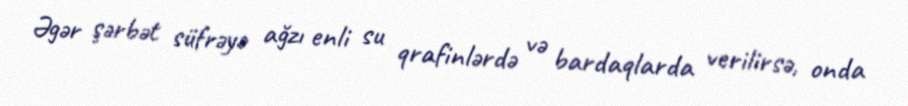
Əgər şərbət süfrəyə ağzı enli su qrafinlərdə və bardaqlarda verilirsə, onda